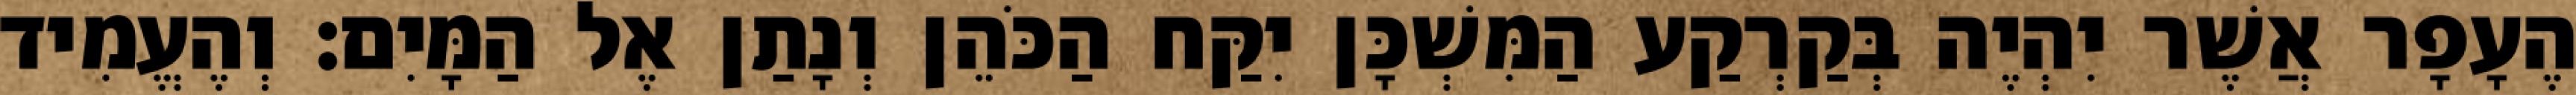
הֶעָפָר אֲשֶׁר יִהְיֶה בְּקַרְקַע הַמִּשְׁכָּן יִקַּח הַכֹּהֵן וְנָתַן אֶל הַמָּיִם׃ וְהֶעֱמִיד